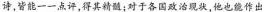
诗，皆能一一点评，得其精髓；对于各国政治现状，他也能作出